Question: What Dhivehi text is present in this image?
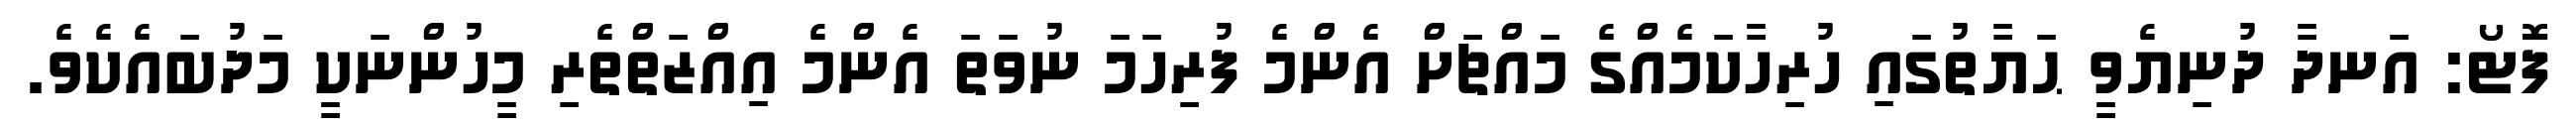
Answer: ފޮޓޯ: އަނދާ ދުނިޔެވީ ޙަޔާތުގައި ހުރިހާކަމެއްގެ މައްޗަށް އެންމެ ފުރިހަމަ ނުވަތަ އެންމެ އިއްޒަތްތެރި މީހުންނަކީ މަދުބައެކެވެ.